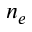
n _ { e }